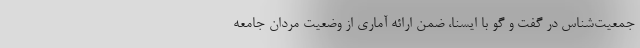
جمعیت‌شناس در گفت و گو با ایسنا، ضمن ارائه آماری از وضعیت مردان جامعه